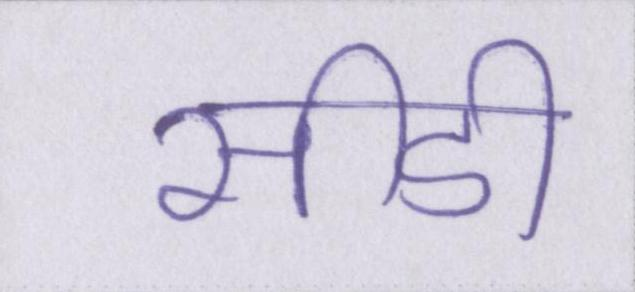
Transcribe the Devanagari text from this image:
सीडी